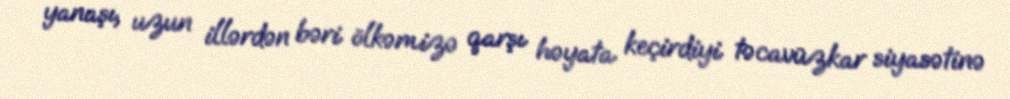
yanaşı, uzun illərdən bəri ölkəmizə qarşı həyata keçirdiyi təcavüzkar siyasətinə